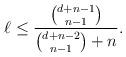
LaTeX: \begin{align*}\ell \le {\displaystyle \frac{\binom{d + n-1}{n-1}}{\binom{d + n-2}{n-1} + n}}.\end{align*}